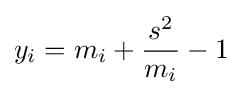
y_{i}=m_{i}+{\frac {s^{2}}{m_{i}}}-1